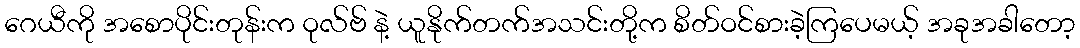
ဂေယီကို အစောပိုင်းတုန်းက ဝုလ်ဗ် နဲ့ ယူနိုက်တက်အသင်းတို့က စိတ်ဝင်စားခဲ့ကြပေမယ့် အခုအခါတော့